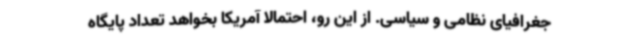
جغرافیای نظامی و سیاسی. از این رو، احتمالا آمریکا بخواهد تعداد پایگاه